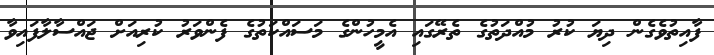
ފާއިތުވެގެން ދިޔަ ކުރު މުއްދަތުގެ ތެރޭގައި އެމީހުންގެ މަސައްކަތުގެ ފެންވަރު ކުރިއަށް ޖައްސާލާފައިވާ